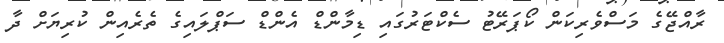
ރާއްޖޭގެ މަސްވެރިކަން ކޯޕަރޭޓު ސެކްޓަރުގައި ޑިމާންޑް އެންޑް ސަޕްލައިގެ ތެރެއިން ކުރިޔަށް ދާ